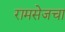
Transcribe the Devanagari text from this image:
रामसेजचा